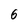
Character: 6